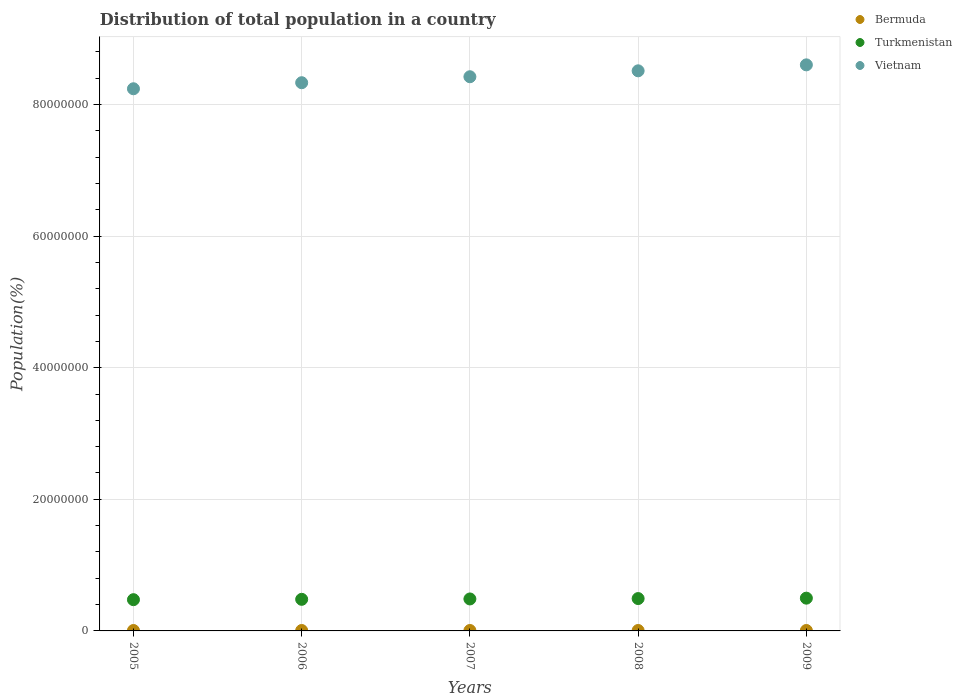
| Years | Bermuda | Turkmenistan | Vietnam |
 | --- | --- | --- | --- |
 | 2005 | 6.42e+04 | 4.75e+06 | 8.24e+07 |
 | 2006 | 6.45e+04 | 4.8e+06 | 8.33e+07 |
 | 2007 | 6.49e+04 | 4.86e+06 | 8.42e+07 |
 | 2008 | 6.53e+04 | 4.92e+06 | 8.51e+07 |
 | 2009 | 6.56e+04 | 4.98e+06 | 8.6e+07 |